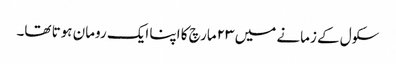
سکول کے زمانے میں ۲۳ مارچ کا اپنا ایک رومان ہوتا تھا۔